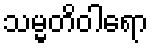
သမ္မတိဝါရော